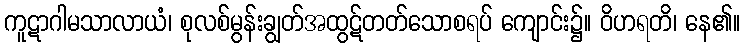
ကူဋာဂါမသာလာယံ၊ စုလစ်မွန်းချွတ်အထွဋ်တတ်သောစရပ် ကျောင်း၌။ ဝိဟရတိ၊ နေ၏။